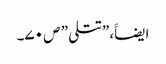
ایضاََ،”تتلی ” ص ۷۰۔